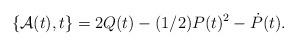
LaTeX: \begin{align*}\{\mathcal{A}(t),t\} = 2Q(t)-(1/2)P(t)^2-\dot{P}(t).\end{align*}